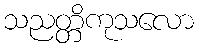
သညတ္တိကုသလော